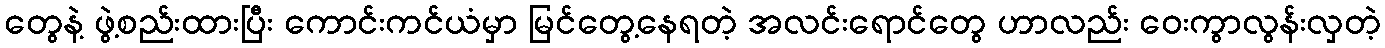
တွေနဲ့ ဖွဲ့စည်းထားပြီး ကောင်းကင်ယံမှာ မြင်တွေ့နေရတဲ့ အလင်းရောင်တွေ ဟာလည်း ဝေးကွာလွန်းလှတဲ့